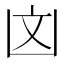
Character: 㓙